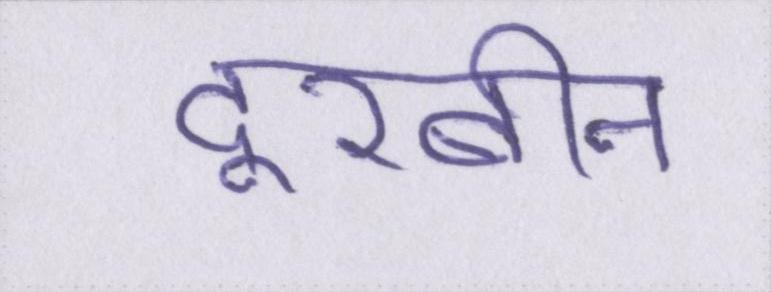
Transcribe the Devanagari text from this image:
दूरबीन